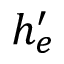
h _ { e } ^ { \prime }